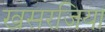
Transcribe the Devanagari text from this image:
खसरजिया